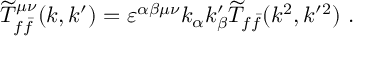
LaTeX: { \widetilde T } _ { f \bar { f } } ^ { \mu \nu } ( k , k ^ { \prime } ) = \varepsilon ^ { \alpha \beta \mu \nu } k _ { \alpha } k _ { \beta } ^ { \prime } { \widetilde T } _ { f \bar { f } } ( k ^ { 2 } , k ^ { \prime 2 } ) ~ .